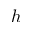
h